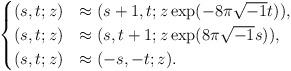
LaTeX: \begin{align*} \begin{cases} (s,t;z)&\approx(s+1,t;z\exp(-8\pi\sqrt{-1}t)), \\ (s,t;z)&\approx(s,t+1;z\exp(8\pi\sqrt{-1}s)), \\ (s,t;z)&\approx(-s,-t;z). \end{cases}\end{align*}